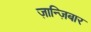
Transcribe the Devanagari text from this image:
ज़ान्ज़िबार